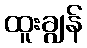
ထူးချွန်